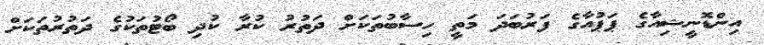
އިންޑޮނީޝިއާގެ ޕަޕުއާގެ ފަރުބަދަ މަތީ ހިސާބުތަކަށް ދަތުރު ކުރާ ކުދި ބޯޓުތަކުގެ ދަތުރުތަކަށް